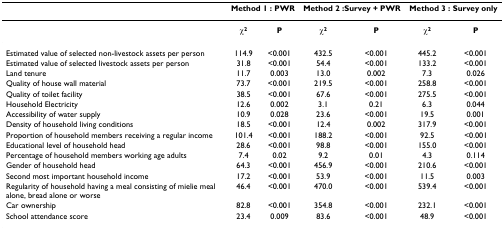
<table><thead><tr><td></td><td colspan="2"><b>Method 1 : PWR</b></td><td colspan="2"><b>Method 2 :Survey + PWR</b></td><td colspan="2"><b>Method 3 : Survey only</b></td></tr></thead><tbody><tr><td></td><td><b>χ<sup>2</sup></b></td><td><b>P</b></td><td><b>χ<sup>2</sup></b></td><td><b>P</b></td><td><b>χ<sup>2</sup></b></td><td><b>P</b></td></tr><tr><td>Estimated value of selected non-livestock assets per person</td><td>114.9</td><td>&lt;0.001</td><td>432.5</td><td>&lt;0.001</td><td>445.2</td><td>&lt;0.001</td></tr><tr><td>Estimated value of selected livestock assets per person</td><td>31.8</td><td>&lt;0.001</td><td>54.4</td><td>&lt;0.001</td><td>133.2</td><td>&lt;0.001</td></tr><tr><td>Land tenure</td><td>11.7</td><td>0.003</td><td>13.0</td><td>0.002</td><td>7.3</td><td>0.026</td></tr><tr><td>Quality of house wall material</td><td>73.7</td><td>&lt;0.001</td><td>219.5</td><td>&lt;0.001</td><td>258.8</td><td>&lt;0.001</td></tr><tr><td>Quality of toilet facility</td><td>38.5</td><td>&lt;0.001</td><td>67.6</td><td>&lt;0.001</td><td>275.5</td><td>&lt;0.001</td></tr><tr><td>Household Electricity</td><td>12.6</td><td>0.002</td><td>3.1</td><td>0.21</td><td>6.3</td><td>0.044</td></tr><tr><td>Accessibility of water supply</td><td>10.9</td><td>0.028</td><td>23.6</td><td>&lt;0.001</td><td>19.5</td><td>0.001</td></tr><tr><td>Density of household living conditions</td><td>18.5</td><td>&lt;0.001</td><td>12.4</td><td>0.002</td><td>317.9</td><td>&lt;0.001</td></tr><tr><td>Proportion of household members receiving a regular income</td><td>101.4</td><td>&lt;0.001</td><td>188.2</td><td>&lt;0.001</td><td>92.5</td><td>&lt;0.001</td></tr><tr><td>Educational level of household head</td><td>28.6</td><td>&lt;0.001</td><td>98.8</td><td>&lt;0.001</td><td>155.0</td><td>&lt;0.001</td></tr><tr><td>Percentage of household members working age adults</td><td>7.4</td><td>0.02</td><td>9.2</td><td>0.01</td><td>4.3</td><td>0.114</td></tr><tr><td>Gender of household head</td><td>64.3</td><td>&lt;0.001</td><td>456.9</td><td>&lt;0.001</td><td>210.6</td><td>&lt;0.001</td></tr><tr><td>Second most important household income</td><td>17.2</td><td>&lt;0.001</td><td>53.9</td><td>&lt;0.001</td><td>11.5</td><td>0.003</td></tr><tr><td>Regularity of household having a meal consisting of mielie meal alone, bread alone or worse</td><td>46.4</td><td>&lt;0.001</td><td>470.0</td><td>&lt;0.001</td><td>539.4</td><td>&lt;0.001</td></tr><tr><td>Car ownership</td><td>82.8</td><td>&lt;0.001</td><td>354.8</td><td>&lt;0.001</td><td>232.1</td><td>&lt;0.001</td></tr><tr><td>School attendance score</td><td>23.4</td><td>0.009</td><td>83.6</td><td>&lt;0.001</td><td>48.9</td><td>&lt;0.001</td></tr></tbody></table>